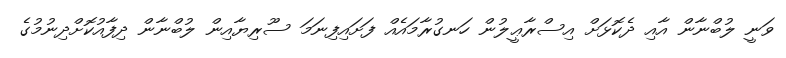
ވަނީ ލުބްނާން އާއި ދެކޮޅަށް އިސްރާޢީލުން ހަނގުރާމައެއް ފަށައިފިނަމަ ސޫރިޔާއިން ލުބްނާން ދިފާއުކޮށްދިނުމުގެ